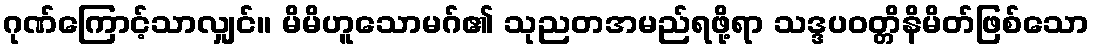
ဂုဏ်ကြောင့်သာလျှင်။ မိမိဟူသောမဂ်၏ သုညတအမည်ရဖို့ရာ သဒ္ဒပဝတ္တိနိမိတ်ဖြစ်သော